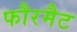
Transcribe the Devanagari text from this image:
फौरमैट